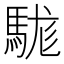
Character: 駹